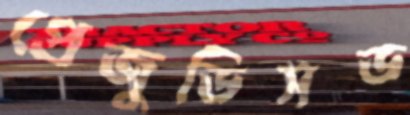
প্রেজুডিসড